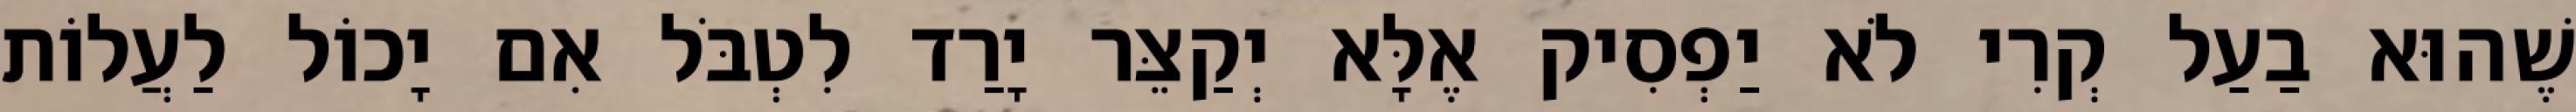
שֶׁהוּא בַעַל קְרִי לֹא יַפְסִיק אֶלָּא יְקַצֵּר יָרַד לִטְבֹּל אִם יָכוֹל לַעֲלוֹת